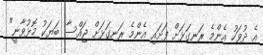
އެ ދުވަހު އެންމެ ރަނގަޅަށް ފަށައި އެންމެ ރަނގަޅަށް ޖައްސާ ބަޔަކު މޮޅުވާނީ"